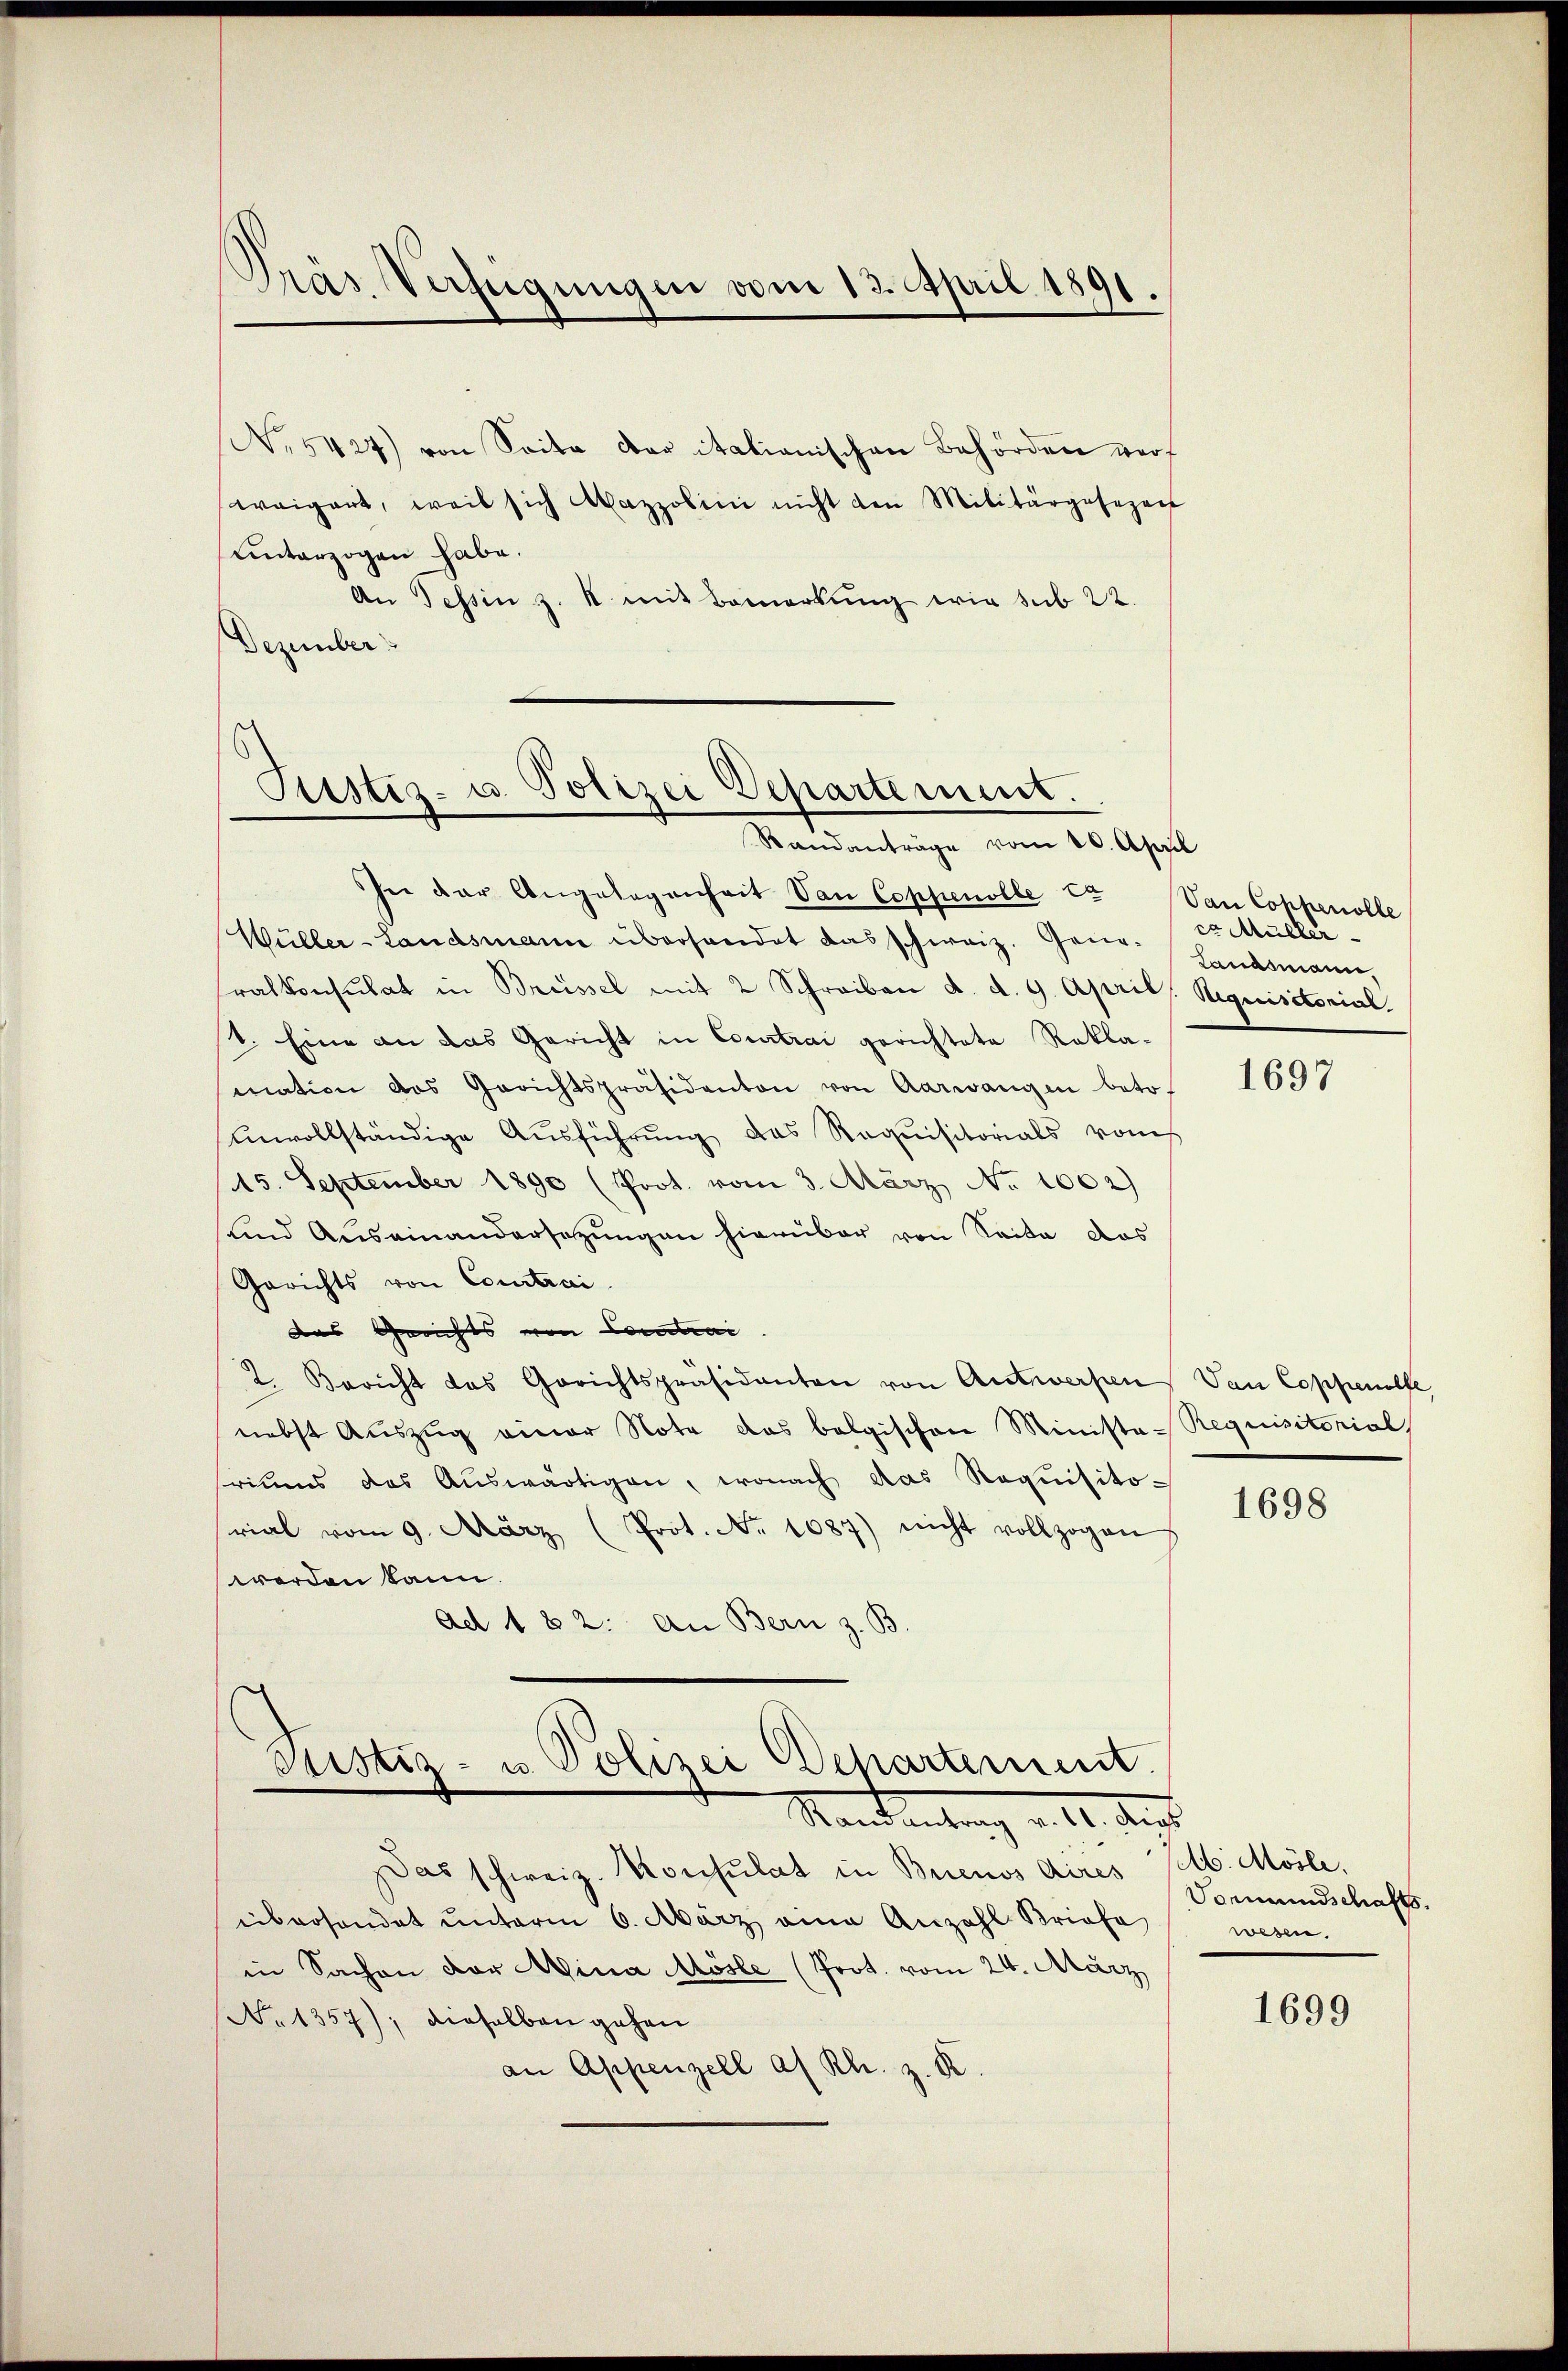
Pras Verfügungen vom 13. April 1891

No 5424) von Seite der italianischen Behörden werf
weigert, weil sich Mazzolini nicht den Militärgesezen
unterzogen habe.
An Tessin z. B. mit Bemerkung wie sub 22.
Dezember

Sistiz- u. Polizei Departement.
Randanträge vom 10. April

Justiz- u. Polizei Departement.
Mandantung v. 21. dies

In der Angelegenheit Von Coppenolle Er Van Coppenolle
Wüller-Landsmann überhandet das schweiz. Gene-
ralkonsulat in Brüssel mit 2 Schreiben d. d. 9. April Requisitorial.
t. Eine an das Gericht in Courtrai gerichtete Rekla-
mation des Gerichtspräsidenton von Aarwangen beto
Unvollständige Aŭsführŭng das Requisitorials vom
45. September 1890 (Prot. vom 3. März No. 1002)
sund Auseinandersetzungen hierüber von Seite das
Gerichts von Courtrai
das Gerichts von Contrai
2. Bericht das Gerichtspräsidenten von Antwerpen, Van Coppenolle
nebst Auszug einer Note das belgischen Ministe- Requisitorial
riums das Auswärtigen, wonach das Requisito-
rial vom 9. März (Prot. No 1087) nicht vollzogen
werden kann.
ad 182. an Bern z. B.

Das schweiz. Konsulat in Buenos Aires Seb. Mösle,
übersendet unterm 6. März eine Anzahl Briefe
in Sachen der Mina Mösle (Prot. vom 24. März
No 1357); dieselben gehen
an Appenzell a. Rh. z. R.

cr Müller
Landsmann,

1697

1698

Vormundschafts
wesen.

1699